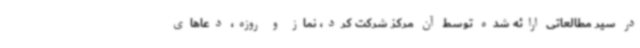
در سیر مطالعاتی ارائه شده توسط آن مرکز شرکت کرد، نماز و روزه، دعاهای